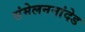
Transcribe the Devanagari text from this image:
संमेलननांदेड